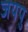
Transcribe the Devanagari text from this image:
जयपु